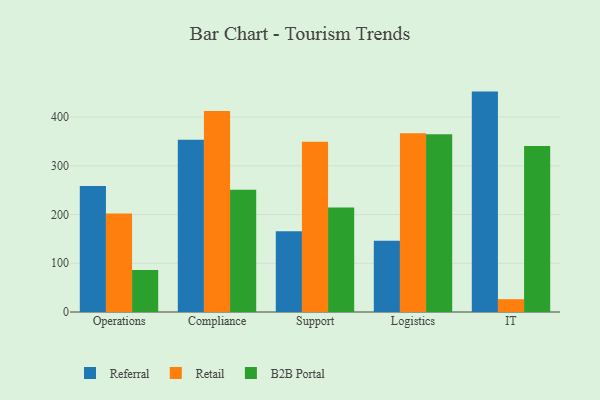
{"axis": {"x": "Department", "y": "Humidity (%)"}, "legend": ["B2B Portal", "Referral", "Retail"], "data": [{"x": "Operations", "y": 258.4, "type": "Referral"}, {"x": "Operations", "y": 202.3, "type": "Retail"}, {"x": "Operations", "y": 86.0, "type": "B2B Portal"}, {"x": "Compliance", "y": 353.5, "type": "Referral"}, {"x": "Compliance", "y": 412.8, "type": "Retail"}, {"x": "Compliance", "y": 250.7, "type": "B2B Portal"}, {"x": "Support", "y": 165.6, "type": "Referral"}, {"x": "Support", "y": 349.3, "type": "Retail"}, {"x": "Support", "y": 214.6, "type": "B2B Portal"}, {"x": "Logistics", "y": 146.2, "type": "Referral"}, {"x": "Logistics", "y": 367.0, "type": "Retail"}, {"x": "Logistics", "y": 365.0, "type": "B2B Portal"}, {"x": "IT", "y": 452.4, "type": "Referral"}, {"x": "IT", "y": 26.3, "type": "Retail"}, {"x": "IT", "y": 340.9, "type": "B2B Portal"}]}